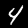
Label: 4